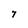
Character: 7